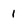
Character: 1